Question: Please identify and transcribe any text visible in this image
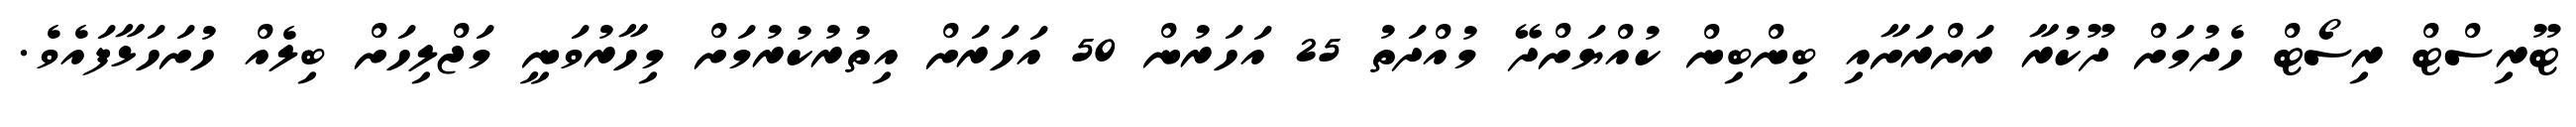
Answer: ޓޫރިސްޓް ރިސޯޓް ހެދުމަށް ދޫކުރާ ރަށްރަށާއި ބިންބިން ކުއްޔަށްދޭ މުއްދަތު 25 އަހަރުން 50 އަހަރަށް އިތުރުކުރުމަށް މިހާރުވަނީ މަޖްލިހަށް ބިލެއް ހުށަހަޅާފައެވެ.